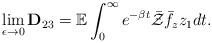
LaTeX: \begin{align*}\lim_{\epsilon\rightarrow0}\mathbf{D}_{23}=\mathbb{E}\int_0^\infty e^{-\beta t}\bar{\mathcal{Z}}\bar{f}_zz_1dt.\end{align*}